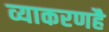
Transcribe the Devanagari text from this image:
व्याकरणहै